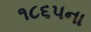
૧૮૬૫ના